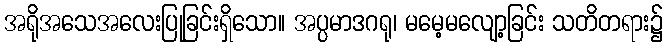
အရိုအသေအလေးပြုခြင်းရှိသော။ အပ္ပမာဒဂရု၊ မမေ့မလျော့ခြင်း သတိတရား၌